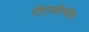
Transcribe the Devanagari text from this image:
पीएनबीसहित